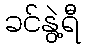
ခင်နွဲ့ရီ